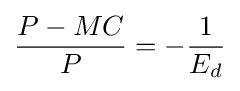
{\frac {P-MC}{P}}=-{\frac {1}{E_{d}}}